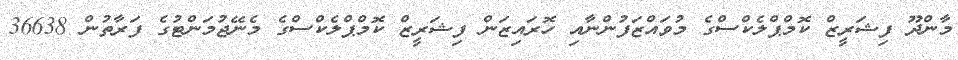
މާންދޫ ފިޝަރީޒް ކޮމްޕްލެކްސްގެ މުވައްޒަފުންނާއި ހޮރައިޒަން ފިޝަރީޒް ކޮމްޕްލެކްސްގެ މެނޭޖުމަންޓުގެ ފަރާތުން 36638